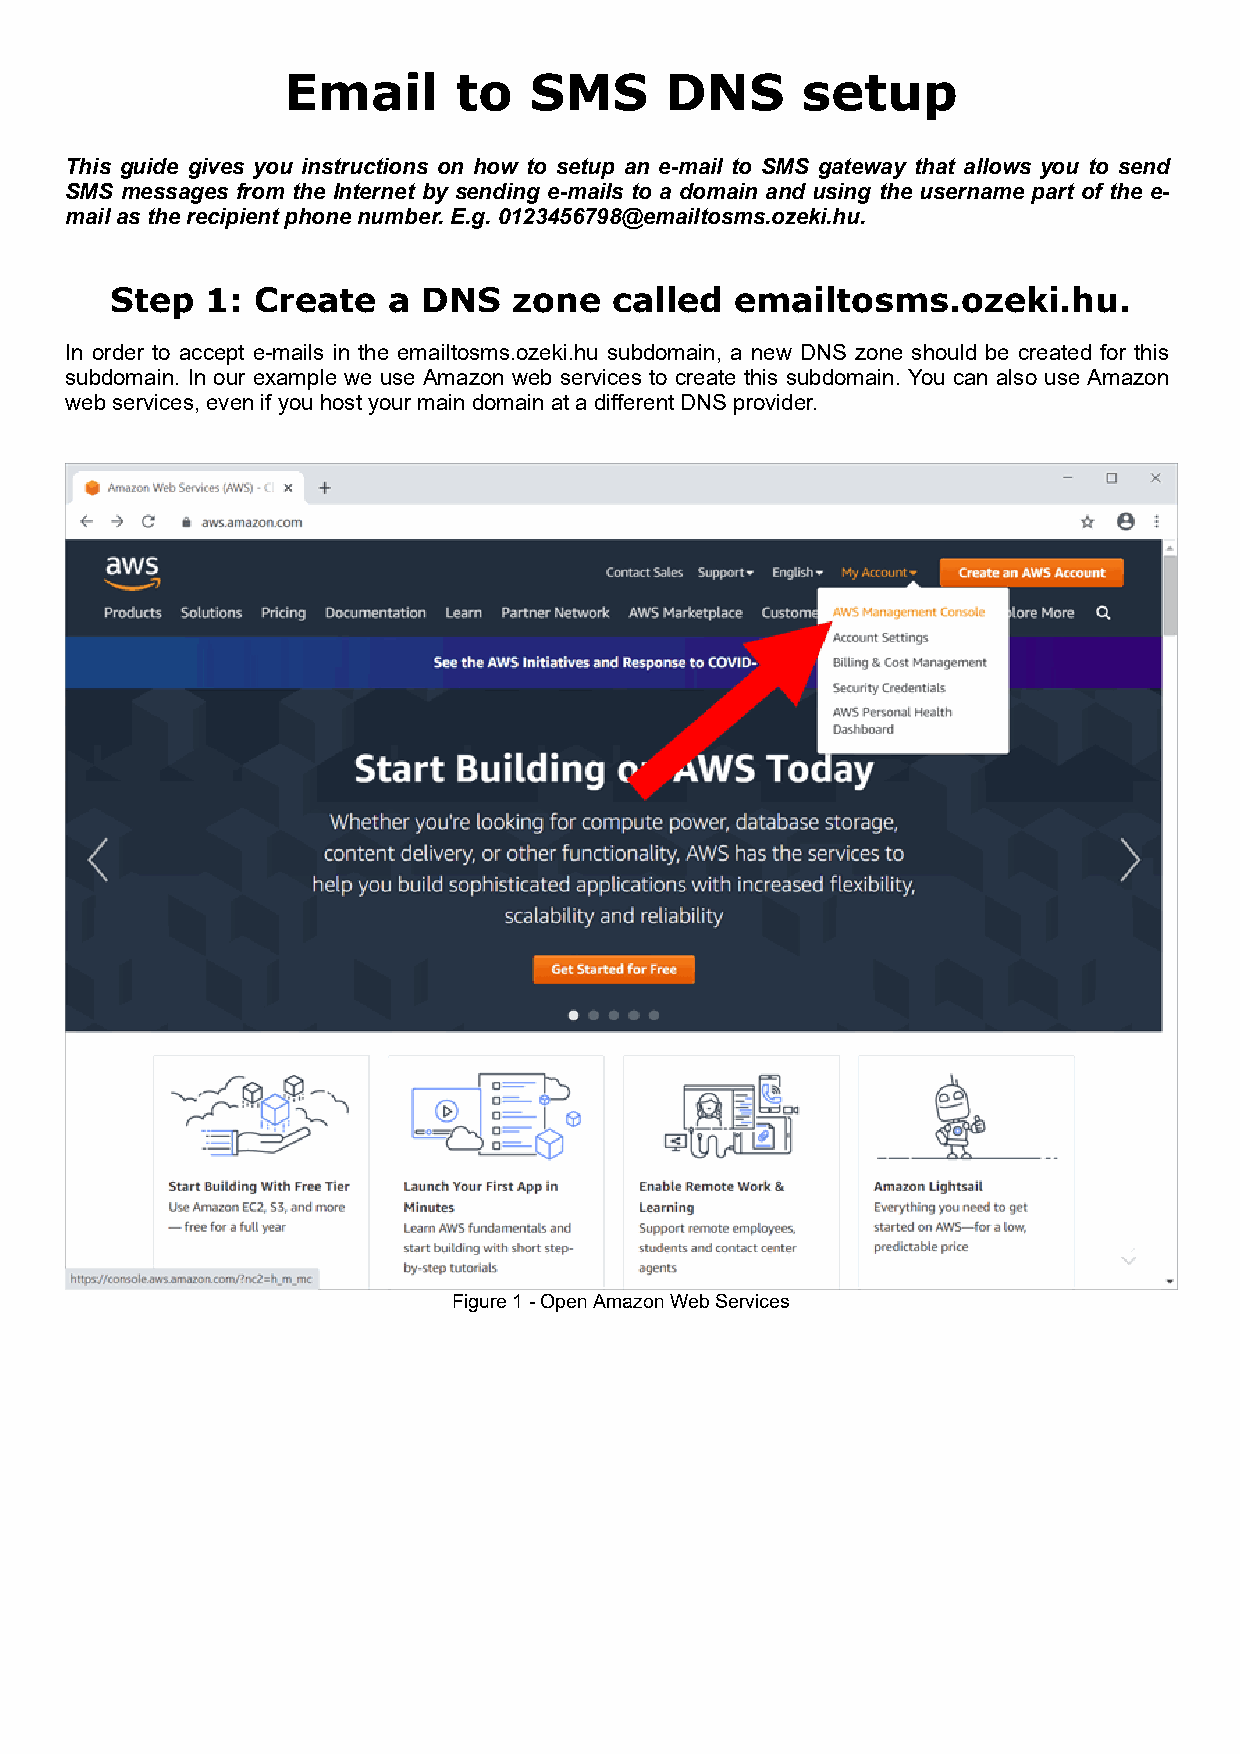
Email      to   SMS      DNS      setup
 This guide gives you instructions on how to setup an e-mail to SMS gateway that allows you to send
 SMS messages from the Internet by sending e-mails to a domain and using the username part of the e-
 mail as the recipient phone number. E.g. 0123456798@emailtosms.ozeki.hu.
 Step   1: Create   a DNS   zone   called  emailtosms.ozeki.hu.
 In order to accept e-mails in the emailtosms.ozeki.hu subdomain, a new DNS zone should be created for this
 subdomain. In our example we use Amazon web services to create this subdomain. You can also use Amazon
 web services, even if you host your main domain at a different DNS provider.
 Figure 1 - Open Amazon Web Services